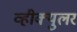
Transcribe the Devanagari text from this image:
व्हीक्युलर